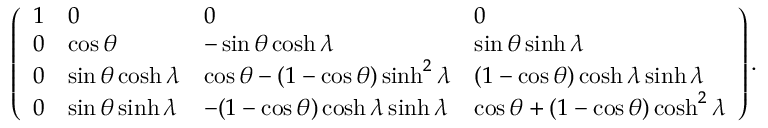
\left( \begin{array} { l l l l } { { 1 } } & { { 0 } } & { { 0 } } & { { 0 } } \\ { { 0 } } & { { \cos \theta } } & { { - \sin \theta \cosh \lambda } } & { { \sin \theta \sinh \lambda } } \\ { { 0 } } & { { \sin \theta \cosh \lambda } } & { { \cos \theta - ( 1 - \cos \theta ) \sinh ^ { 2 } \lambda } } & { { ( 1 - \cos \theta ) \cosh \lambda \sinh \lambda } } \\ { { 0 } } & { { \sin \theta \sinh \lambda } } & { { - ( 1 - \cos \theta ) \cosh \lambda \sinh \lambda } } & { { \cos \theta + ( 1 - \cos \theta ) \cosh ^ { 2 } \lambda } } \end{array} \right) .